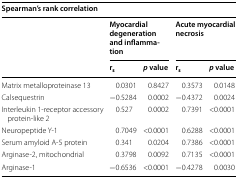
<table><thead><tr><td colspan="5"><b>Spearman’s rank correlation</b></td></tr><tr><td></td><td colspan="2"><b>Myocardial degeneration and inflammation</b></td><td colspan="2"><b>Acute myocardial necrosis</b></td></tr><tr><td></td><td><b>r<sub>s</sub></b></td><td><b><i>p</i> value</b></td><td><b>r<sub>s</sub></b></td><td><b><i>p</i> value</b></td></tr></thead><tbody><tr><td>Matrix metalloproteinase 13</td><td>0.0301</td><td>0.8427</td><td>0.3573</td><td>0.0148</td></tr><tr><td>Calsequestrin</td><td>−0.5284</td><td>0.0002</td><td>−0.4372</td><td>0.0024</td></tr><tr><td>Interleukin 1-receptor accessory protein-like 2</td><td>0.527</td><td>0.0002</td><td>0.7391</td><td>&lt;0.0001</td></tr><tr><td>Neuropeptide Y-1</td><td>0.7049</td><td>&lt;0.0001</td><td>0.6288</td><td>&lt;0.0001</td></tr><tr><td>Serum amyloid A-5 protein</td><td>0.341</td><td>0.0204</td><td>0.7386</td><td>&lt;0.0001</td></tr><tr><td>Arginase-2, mitochondrial</td><td>0.3798</td><td>0.0092</td><td>0.7135</td><td>&lt;0.0001</td></tr><tr><td>Arginase-1</td><td>−0.6536</td><td>&lt;0.0001</td><td>−0.4278</td><td>0.0030</td></tr></tbody></table>